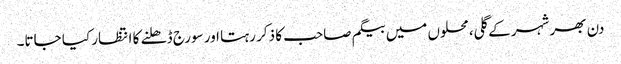
دن بھر شہر کے گلی، محلوں میں بیگم صاحب کا ذکر رہتا اور سورج ڈھلنے کا انتظار کیا جاتا۔